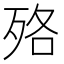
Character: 𣧳